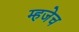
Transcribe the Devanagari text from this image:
म्हजेच